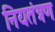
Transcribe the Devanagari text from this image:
नियतंत्रण